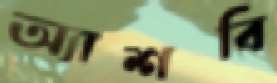
অ্যাশবি